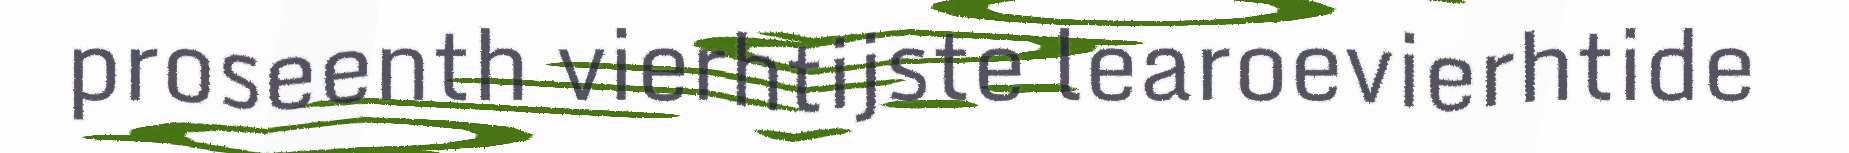
proseenth vierhtijste learoevierhtide